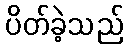
ပိတ်ခဲ့သည်